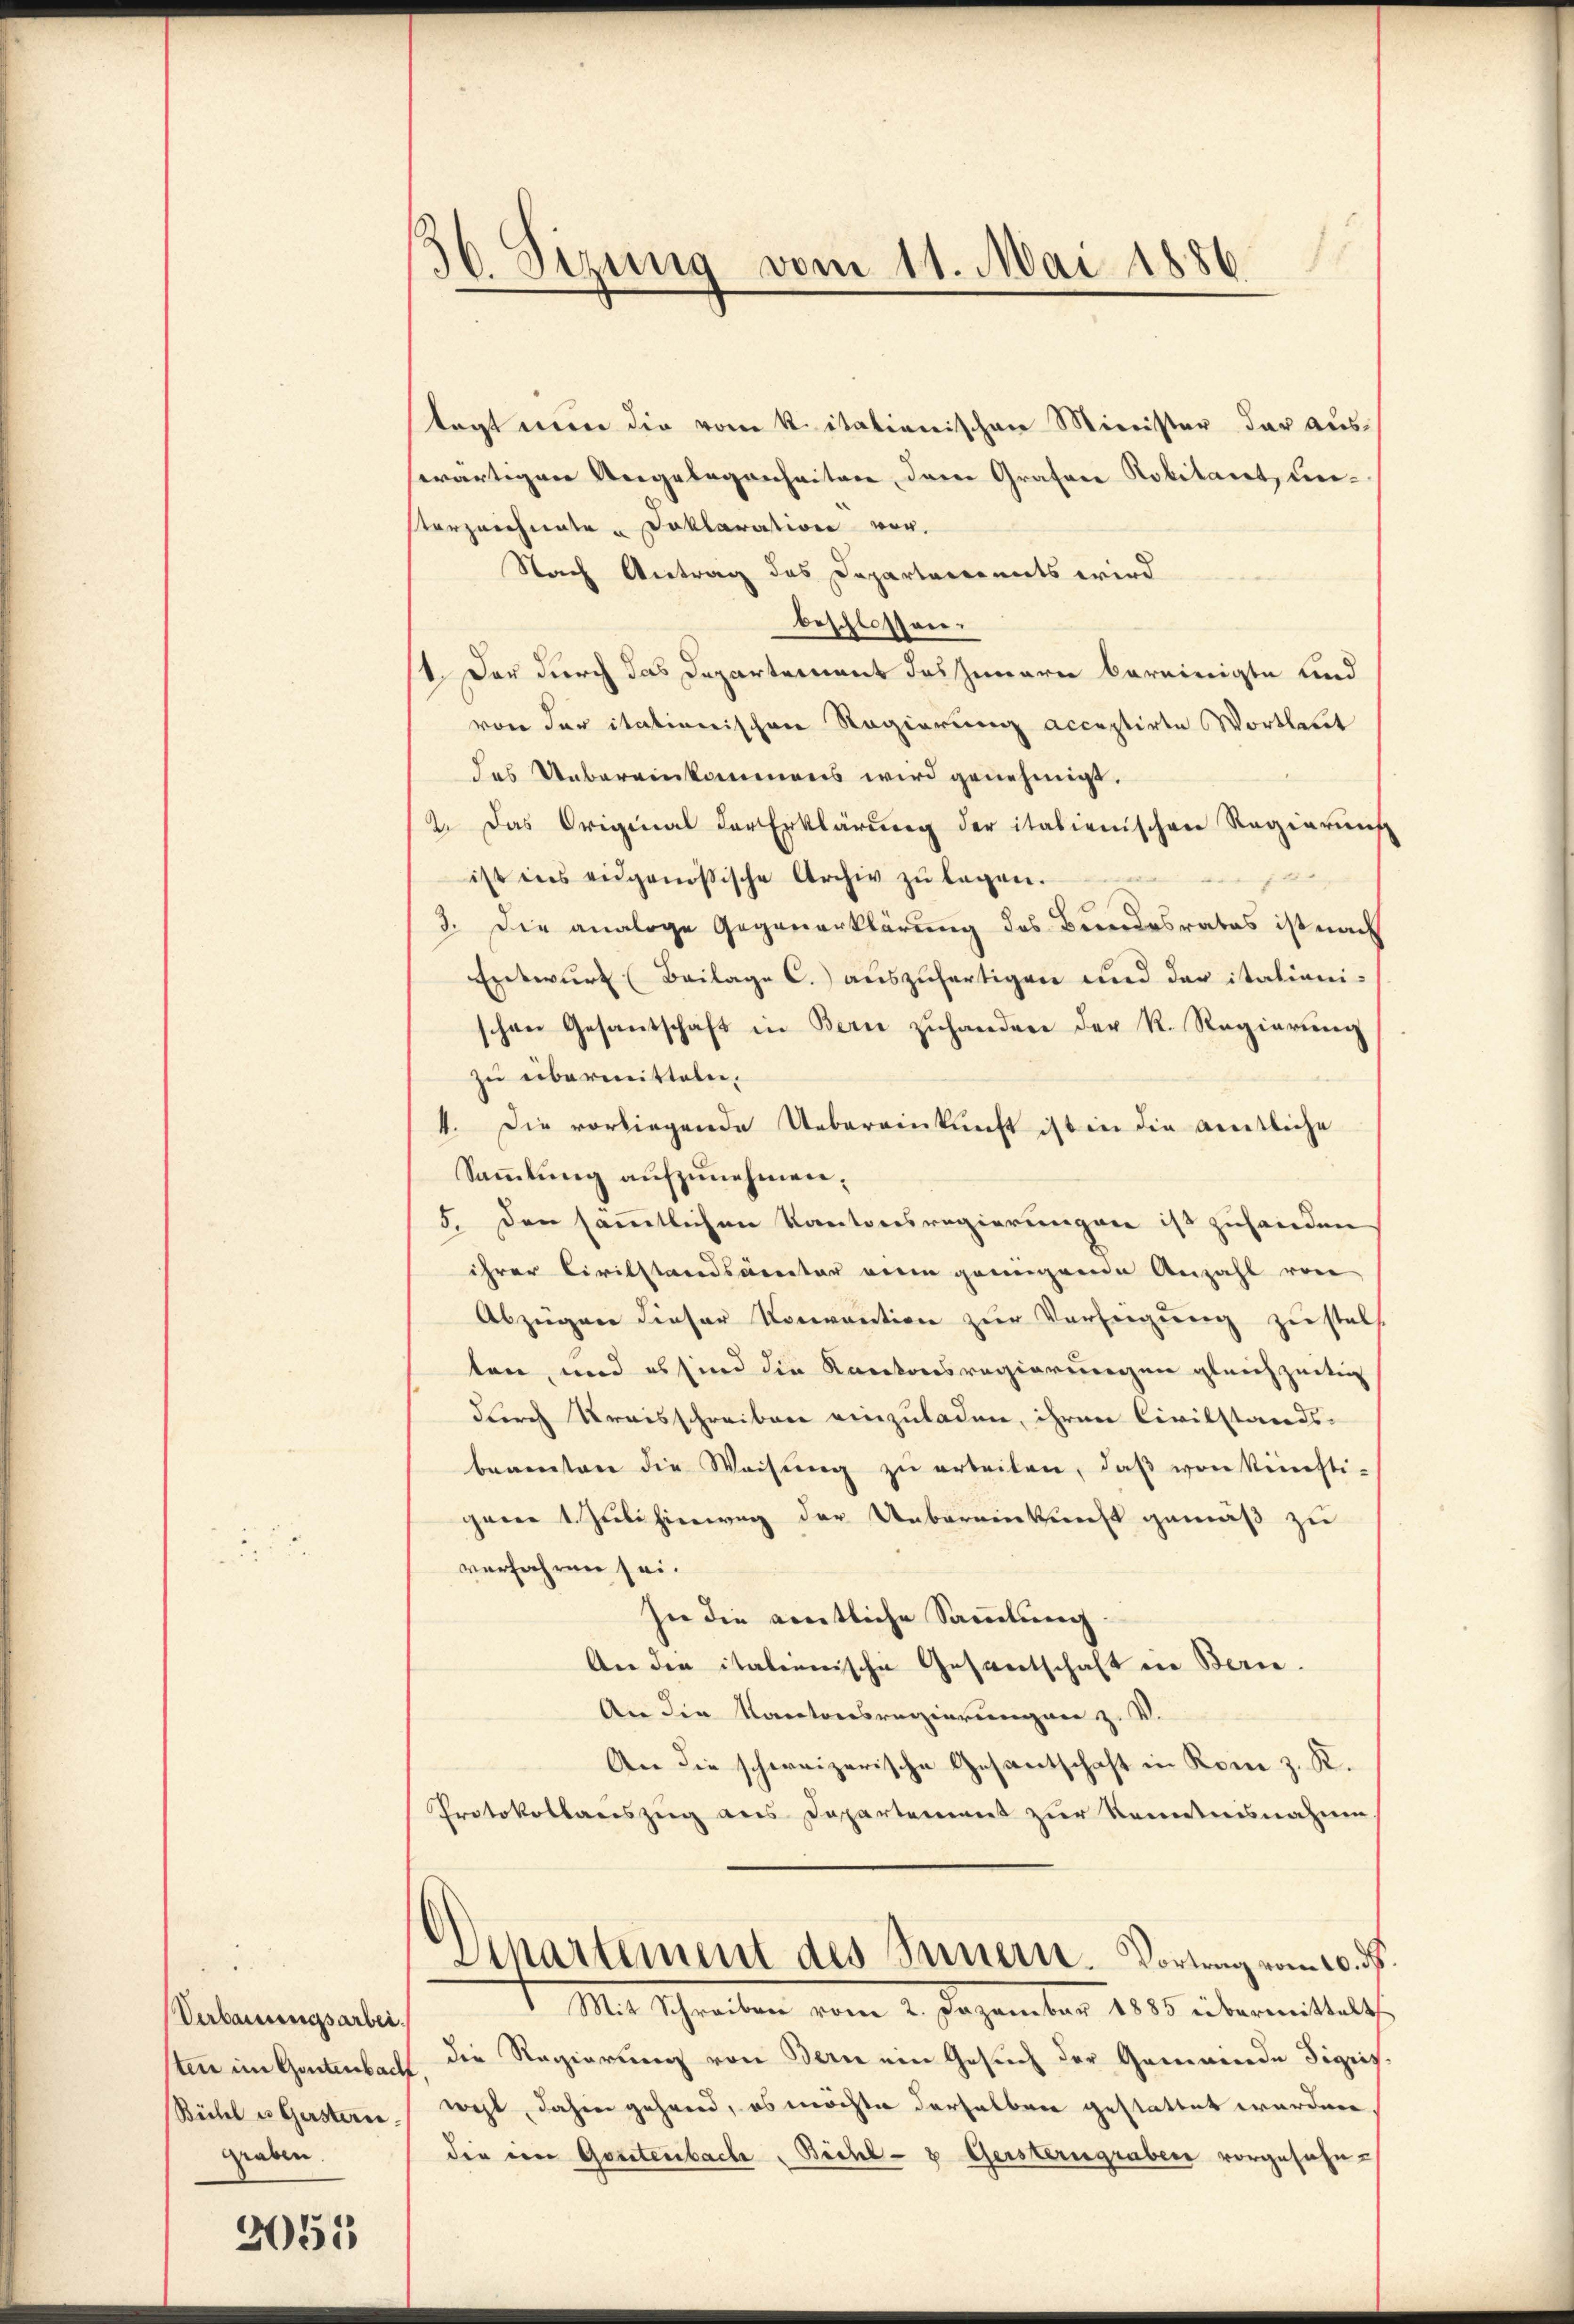
Verbauungsarbei.
sten im Gantenbacht
Böchel u Gerstern.
graben.

3055

1
Sizung vom 11. Mai 1886

tagt min die vom K. itationischen Minister der auswärtigen Angelegenheitere derer Grafene Robilaret, unterzeichnete Doklaration vor.
Stach Antrag des Departements wird
beschlossen:
1. Der durch das Departement das Innern bereinigte und
von der itationischen Regierung acceptirte Wortlabet
das Uebereinkommens wird genehmigt.
2. Das Original der Erklärung der italienischen Regierŭng

ist ins eidgenössische Archiv zu legen.
3. Die analoge Gegenerklärung des Bundesrates ist nach
Entwurf (Beilage C.) auszufertigen und der itationischen Gesantschaft in Bern zuhanden der R. Regierung
zu übermittelen.
4. Die vorliegende Uebereinkunft ist in die amtliche
Sammlung aufzunehmen.
5. Den sämmtlichen Kantonsregierungen ist zuhanden
ihrer Civilstandsarreter mein genügende Anzahl von
Abzügen dieser Konvention zur Verfügung zustell
ten, und es sind die Kantonsregierungen gleichzeitig
durch Kraisschreiben einzuladen, ihren Civilstands-
beamten die Weisŭng zŭ arbeiten, daβ von künsti-
gene 1. Juli hinweg der Uebereinkunft gemäß zu
verfahren sei.
sie die amtliche Sammlung.
An den italienische Gesandtschaft ein Berie.
An die Kantonsregierungen z. V.
An die schweizerische Gesantschaft in Rom z. K.
Protokollauszug aus Departement zur Kenntnisnahme,
Departement des Innern. Vortrag vom 20. ds.
1. M. Schreiben vom 2. Dezember 1890 übermittelt,
die Regierung von Bern ein Gesuch der Gemeinde Sigris
wacht, dahin gehend, es möchte derselben gestattet worden
die von Gosstenbache Büchl-8 Geisterngraben vorgesehn¬